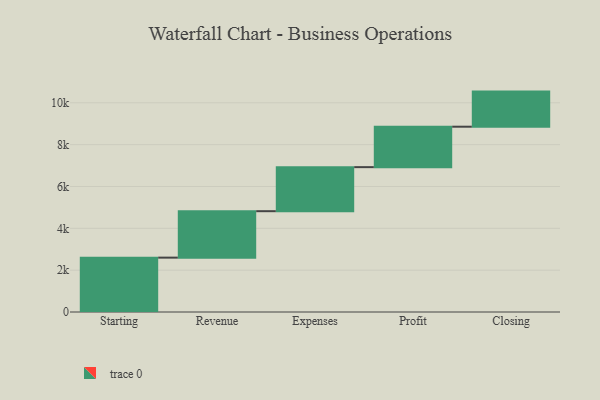
{"axis": {"x": "Step", "y": "Value"}, "legend": [""], "data": [{"x": "Starting", "y": 2599.0, "type": ""}, {"x": "Revenue", "y": 2220.0, "type": ""}, {"x": "Expenses", "y": 2106.0, "type": ""}, {"x": "Profit", "y": 1933.0, "type": ""}, {"x": "Closing", "y": 1678.0, "type": ""}]}